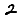
Digit: 2